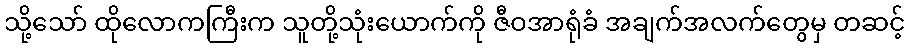
သို့သော် ထိုလောကကြီးက သူတို့သုံးယောက်ကို ဇီဝအာရုံခံ အချက်အလက်တွေမှ တဆင့်